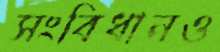
সংবিধানও